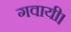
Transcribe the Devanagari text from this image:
गवायी।